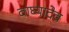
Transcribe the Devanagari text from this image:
वाघ्यादेव